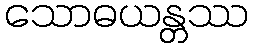
သောဓယန္တဿ